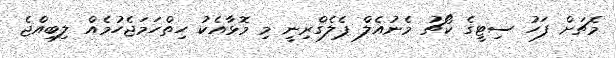
މެޗަށް ފަހު ސިޓީގެ ކޯޗު މެނުއެލް ޕެލެގްރިނީ މި މޮޅާއެކު ހިތްހަމަޖެހުމެއް ލިބިއްޖެ